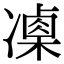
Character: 𠘍